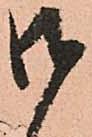
御